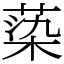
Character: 蒅